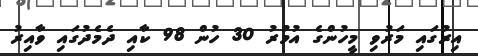
އިރުގައި މަރުވި މީހުންގެ އުމުރު 30 ހުން 98 ކާއި ދެެމެދުގައި ވާއިރު